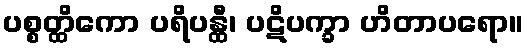
ပစ္စတ္ထိကော ပရိပန္ထီ၊ ပဋိပက္ခာ ဟိတာပရော။